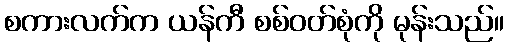
စကားလက်က ယန်ကီ စစ်ဝတ်စုံကို မုန်းသည်။